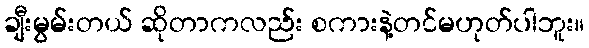
ချီးမွမ်းတယ် ဆိုတာကလည်း စကားနဲ့တင်မဟုတ်ပါဘူး။